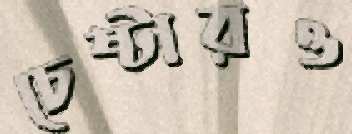
চেষ্টারও